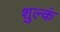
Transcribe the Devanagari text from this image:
शुल्कं